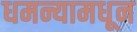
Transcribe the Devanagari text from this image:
धमन्यामधून